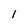
Character: l